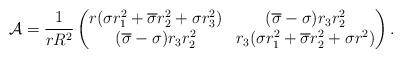
LaTeX: \begin{align*}\mathcal{A}= \frac{1}{r R^{2}}\begin{pmatrix}r(\sigma r_{1}^{2}+\overline{\sigma} r_{2}^{2} + \sigma r_{3}^{2}) & (\overline{\sigma}-\sigma)r_{3}r_{2}^{2} \\ (\overline{\sigma}-\sigma)r_{3}r_{2}^{2} & r_{3}(\sigma r_{1}^{2}+\overline{\sigma}r_{2}^{2} + \sigma r^{2})\end{pmatrix}.\end{align*}